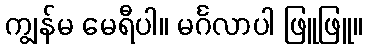
ကျွန်မ မေရီပါ။ မင်္ဂလာပါ ဖြူဖြူ။